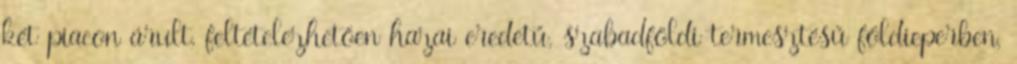
két piacon árult, feltételezhetően hazai eredetű, szabadföldi termesztésű földieperben,